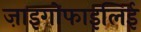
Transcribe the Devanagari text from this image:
ज़ाइगोफाइलिई